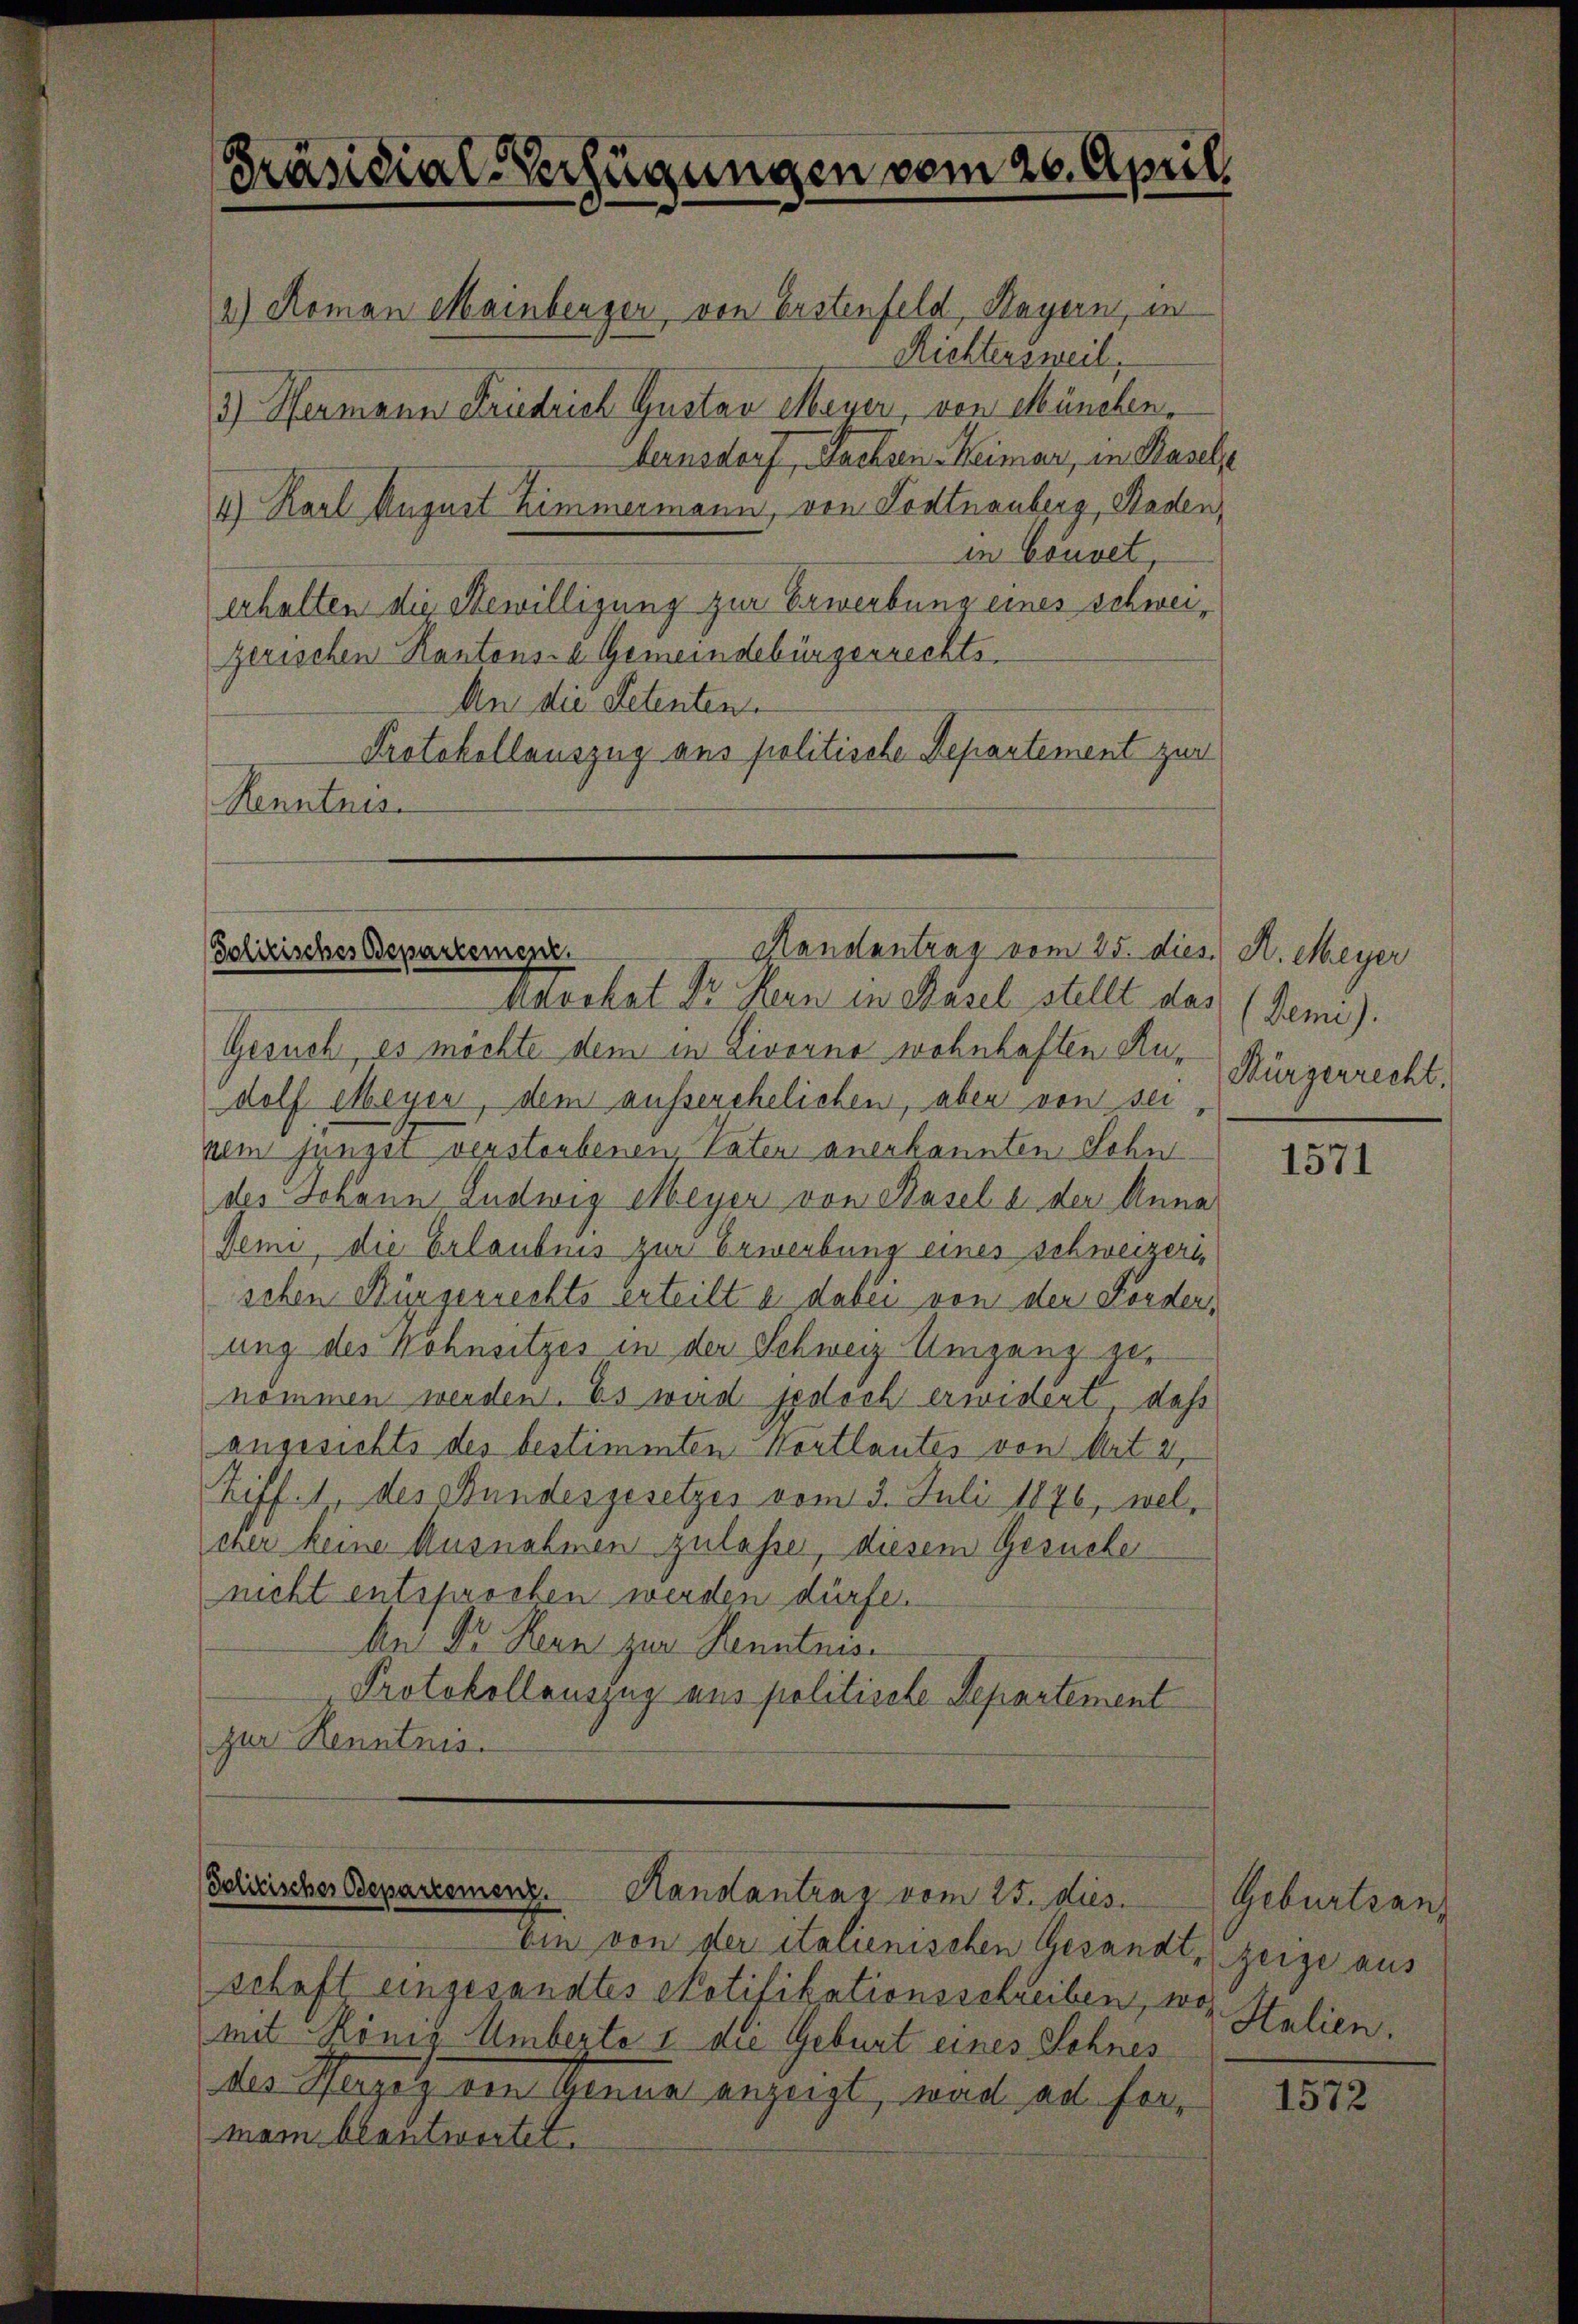
Präsidial-Verfügungen vom 26. April

Ranstantrag vom 25. dies A. Meyer
Polizisches Departement.

Sohirisches Departemenz. Handantrag vom 25. dies

2) Roman Mainberger von Erstenfeld, Bayern, in
Richtersweil.
3.) Hermann Friedrich Gustav Meyer, von München.
beinsdorf, Nachsen Heimar, in Basels
4) Karl August Zimmermann, von Todtnauberg, Baden,
in Couvet,
erhalten die Bewilligung zur Erwerbung eines schweizerischen Kantons- A. Gemeindebürgerrechts¬
An die Petenten.
Protokollauszug aus politische Departement zur
Kenntnis

Katechat Sr. Kern in Basel stellt das (Jemi).
Gesuch, es möchte dem in Livorno wohnhaften Audolf Meyer, dem ausserehelichen, aber von sei
pem jüngst verstorbenen, Paten anerkannten Sohn
des Johann Ludwig Meyer von Basel u. der Anna
Demi, die Erlaubnis zur Erwerbung eines Schweizerischen Bürgerrechts erteilt a. dabei von der Forder,
ung des Wohnsitzes in der Schweiz Umganz genommen werden. Es wird jedoch erwidert, daß
angesichts des bestimmten Wortlautes von Art. 2
Ziff. 1, des Bundesgesetzes vom 3. Juli 1876, welcher keine Ausnahmen zulasse, diesem Gesuche
nicht entsprochen werden dürfe.
An Dr Kern zur Kenntnis
Protokollauszug aus politische Departement
zur Kenntnis.

Ein von der italienischen Gesandt, zeige aus
schaft eingesandtes Notifikationsschreiben, wo Stalien.
mit König Umberto i die Geburt eines Sohnes
des Herzolz von Genua anzeigt, wird ad Formam blantwortet.

Bürgerrecht.

1571

Geburtsan¬

1572